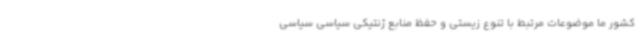
کشور ما موضوعات مرتبط با تنوع زیستی و حفظ منابع ژنتیکی سیاسی سیاسی